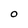
Character: O